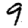
Digit: 9